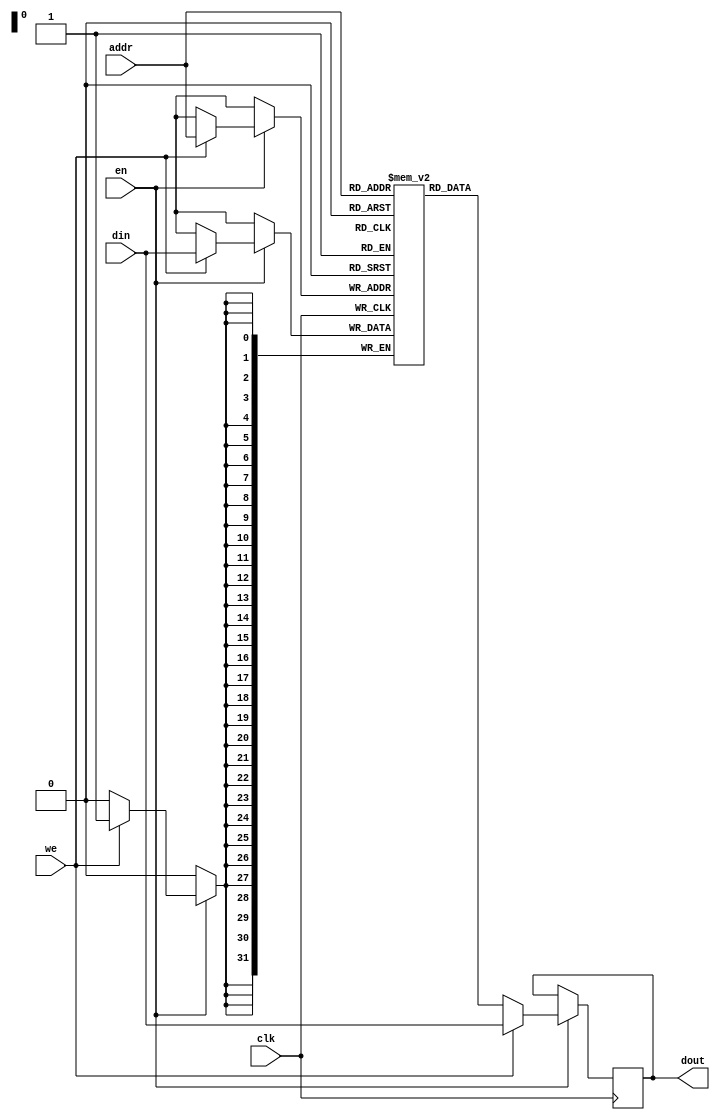
/////////////////////////////////////////////////////////////////////
//                                                                 //
//  or1k_spram_en_w1st                                             //
//                                                                 //
//  Description:                                                   //
//    Single port RAM:                                             //
//      a) "enable" for both read & write                          //
//      b) "write 1st": written value appears on output            //
//      c) "clear on init" feature for simulation                  //
//                                                                 //
//  Based on mor1kx_true_dpram_sclk                                //
//                                                                 //
/////////////////////////////////////////////////////////////////////
//                                                                 //
//   Copyright (C) 2013 Stefan Kristiansson                        //
//                      stefan.kristiansson@saunalahti.fi          //
//                                                                 //
//   Copyright (C) 2019 Andrey Bacherov                            //
//                      avbacherov@opencores.org                   //
//                                                                 //
//      This Source Code Form is subject to the terms of the       //
//      Open Hardware Description License, v. 1.0. If a copy       //
//      of the OHDL was not distributed with this file, You        //
//      can obtain one at http://juliusbaxter.net/ohdl/ohdl.txt    //
//                                                                 //
/////////////////////////////////////////////////////////////////////

module or1k_spram_en_w1st
#(
  parameter ADDR_WIDTH    = 32,
  parameter DATA_WIDTH    = 32,
  parameter CLEAR_ON_INIT =  0
)
(
  // clock
  input                       clk,
  // port
  input                       en,    // enable port
  input                       we,    // operation is "write"
  input      [ADDR_WIDTH-1:0] addr,
  input      [DATA_WIDTH-1:0] din,
  output reg [DATA_WIDTH-1:0] dout
);

  reg [DATA_WIDTH-1:0] mem[0:((1<<ADDR_WIDTH)-1)];

  // initial values for simulation
 `ifndef SYNTHESIS
  // synthesis translate_off
  generate
  if (CLEAR_ON_INIT) begin : clear_ram
    integer idx;
    initial begin
      // clear output register
      dout = {DATA_WIDTH{1'b0}};
      // clear memory array
      for (idx=0; idx < (1<<ADDR_WIDTH); idx=idx+1)
        mem[idx] = {DATA_WIDTH{1'b0}};
    end
  end
  endgenerate
  // synthesis translate_on
 `endif // !synth

  always @(posedge clk) begin
    if(en) begin
      if (we) begin
        mem[addr] <= din;
        dout      <= din;
      end
      else begin
        dout <= mem[addr];
      end // write / read
    end // enable
  end // @clock

endmodule // or1k_spram_en_w1st